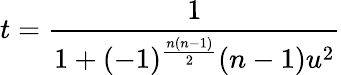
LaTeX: t={\frac{1}{1+(-1)^{\frac{n(n-1)}{2}}(n-1)u^{2}}}